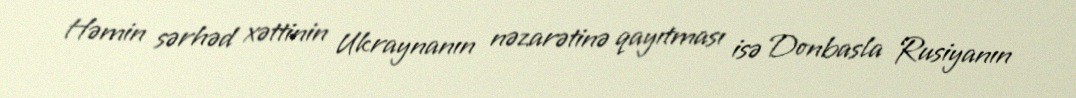
Həmin sərhəd xəttinin Ukraynanın nəzarətinə qayıtması isə Donbasla Rusiyanın